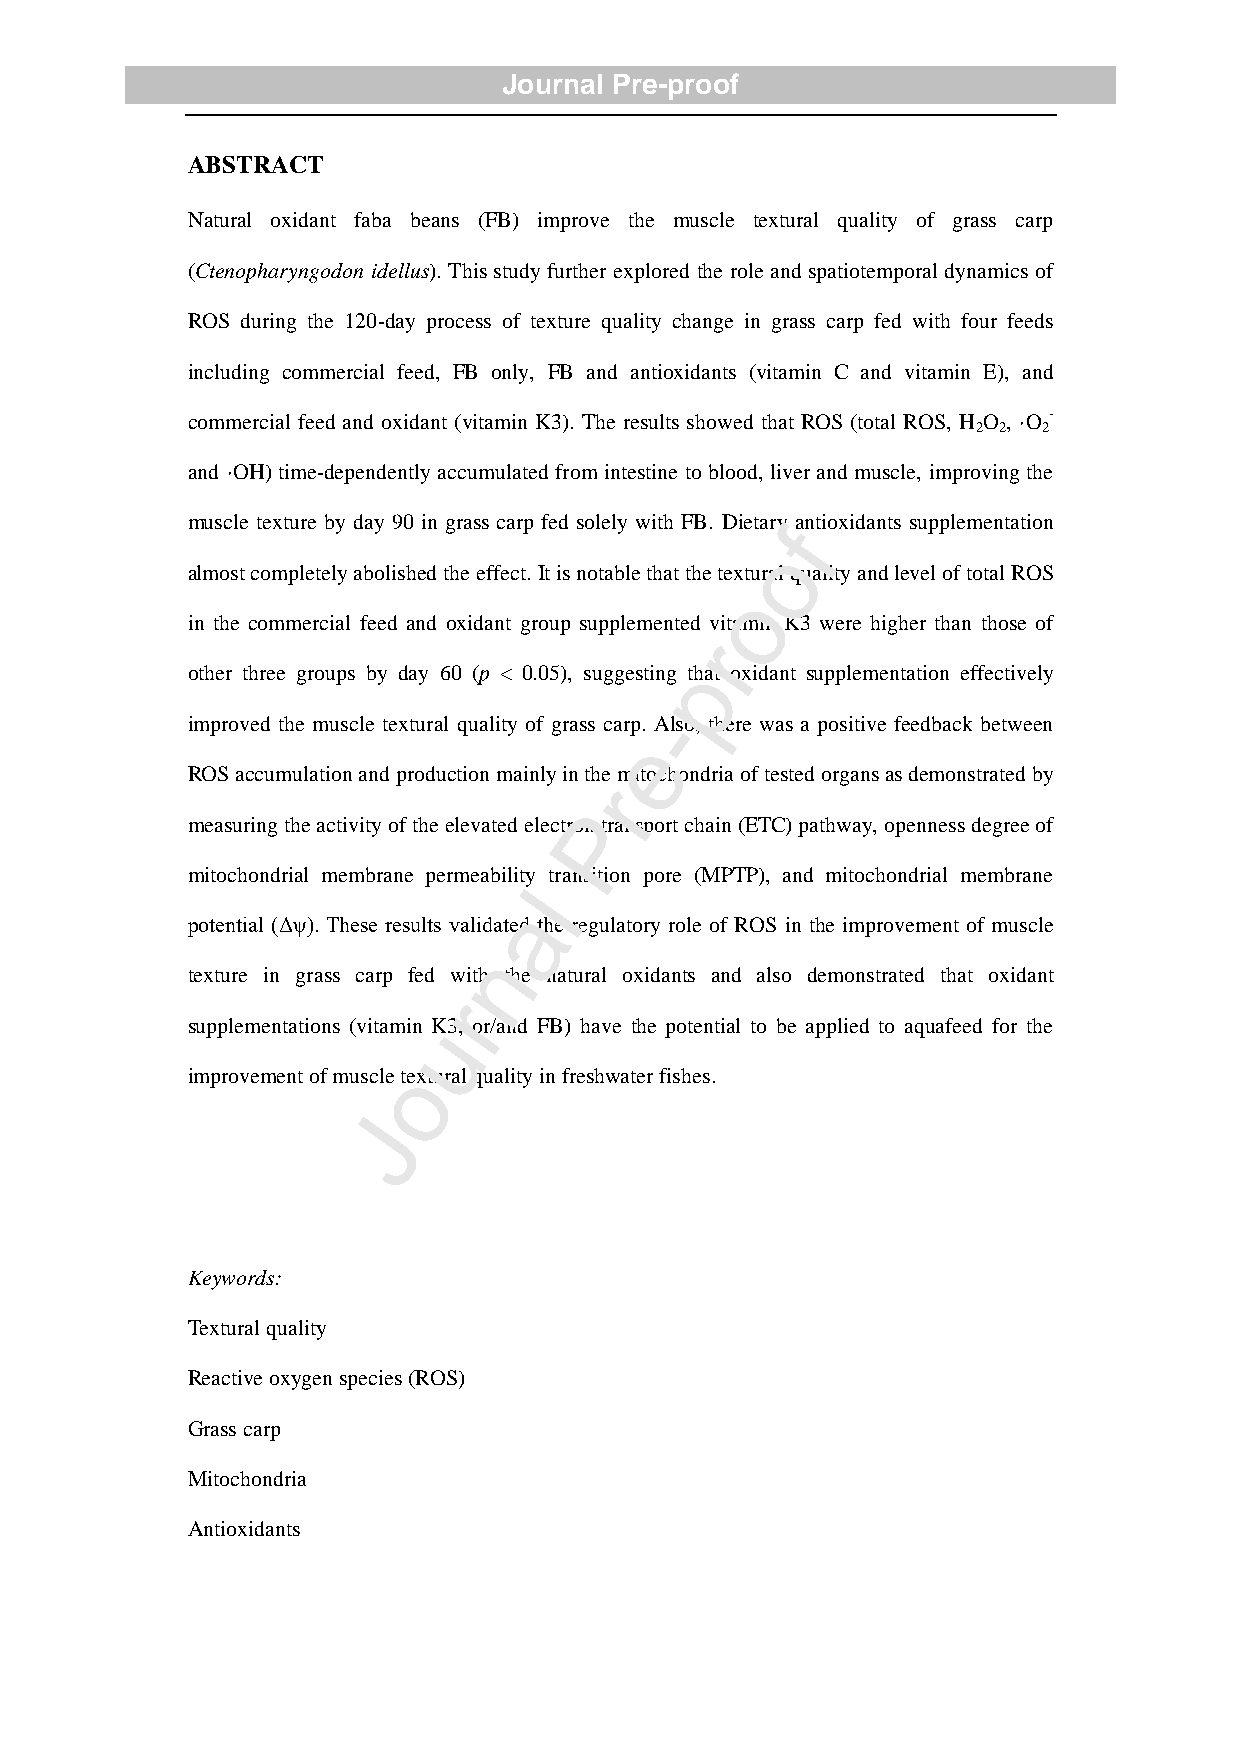
Journal Pre-proof
 ABSTRACT
 Natural oxidant faba beans (FB) improve the muscle textural quality of grass carp
 (Ctenopharyngodon idellus). This study further explored the role and spatiotemporal dynamics of
 ROS during the 120-day process of texture quality change in grass carp fed with four feeds
 including commercial feed, FB only, FB and antioxidants (vitamin C and vitamin E), and
 commercial feed and oxidant (vitamin K3). The results showed that ROS (total ROS, H O , ·O -
 2 2 2
 and ·OH) time-dependently accumulated from intestine to blood, liver and muscle, improving the
 muscle texture by day 90 in grass carp fed solely with FB. Dietaryf antioxidants supplementation
 o
 almost completely abolished the effect. It is notable that the textural quality and level of total ROS
 o
 in the commercial feed and oxidant group supplemented vitamin K3 were higher than those of
 r
 p
 other three groups by day 60 (p < 0.05), suggesting that oxidant supplementation effectively
 -
 improved the muscle textural quality of grass carp. Also, there was a positive feedback between
 e
 ROS accumulation and production mainly in the mitochondria of tested organs as demonstrated by
 r
 P
 measuring the activity of the elevated electron transport chain (ETC) pathway, openness degree of
 mitochondrial membrane permeability transition pore (MPTP), and mitochondrial membrane
 l
 a
 potential (Δψ). These results validated the regulatory role of ROS in the improvement of muscle
 n
 texture in grass carp fed with the natural oxidants and also demonstrated that oxidant
 r
 supplementations (vitamin uK3, or/and FB) have the potential to be applied to aquafeed for the
 improvement of muscleo textural quality in freshwater fishes.
 J
 Keywords:
 Textural quality
 Reactive oxygen species (ROS)
 Grass carp
 Mitochondria
 Antioxidants